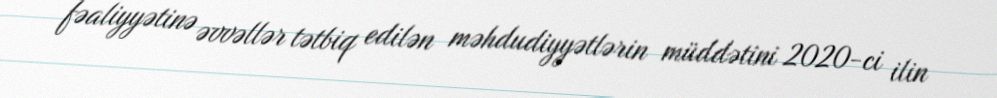
fəaliyyətinə əvvəllər tətbiq edilən məhdudiyyətlərin müddətini 2020-ci ilin